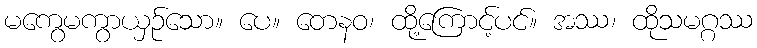
မကွေမကွာယှဉ်သော။ ပေ။ တေနဝ၊ ထို့ကြောင့်ပင်။ အဿ၊ ထိုသမဂ္ဂဿ